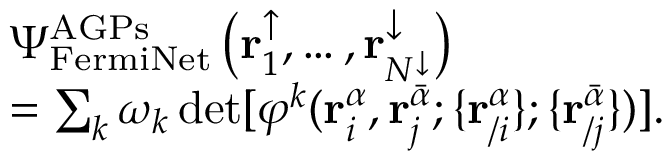
\begin{array} { r l } & { \Psi _ { \mathrm { F e r m i N e t } } ^ { \mathrm { A G P s } } \left( \mathbf { r } _ { 1 } ^ { \uparrow } , \dots , \mathbf { r } _ { N ^ { \downarrow } } ^ { \downarrow } \right) } \\ & { = \sum _ { k } \omega _ { k } \operatorname* { d e t } [ \varphi ^ { k } ( \mathbf { r } _ { i } ^ { \alpha } , \mathbf { r } _ { j } ^ { \bar { \alpha } } ; \{ \mathbf { r } _ { / i } ^ { \alpha } \} ; \{ \mathbf { r } _ { / j } ^ { \bar { \alpha } } \} ) ] . } \end{array}